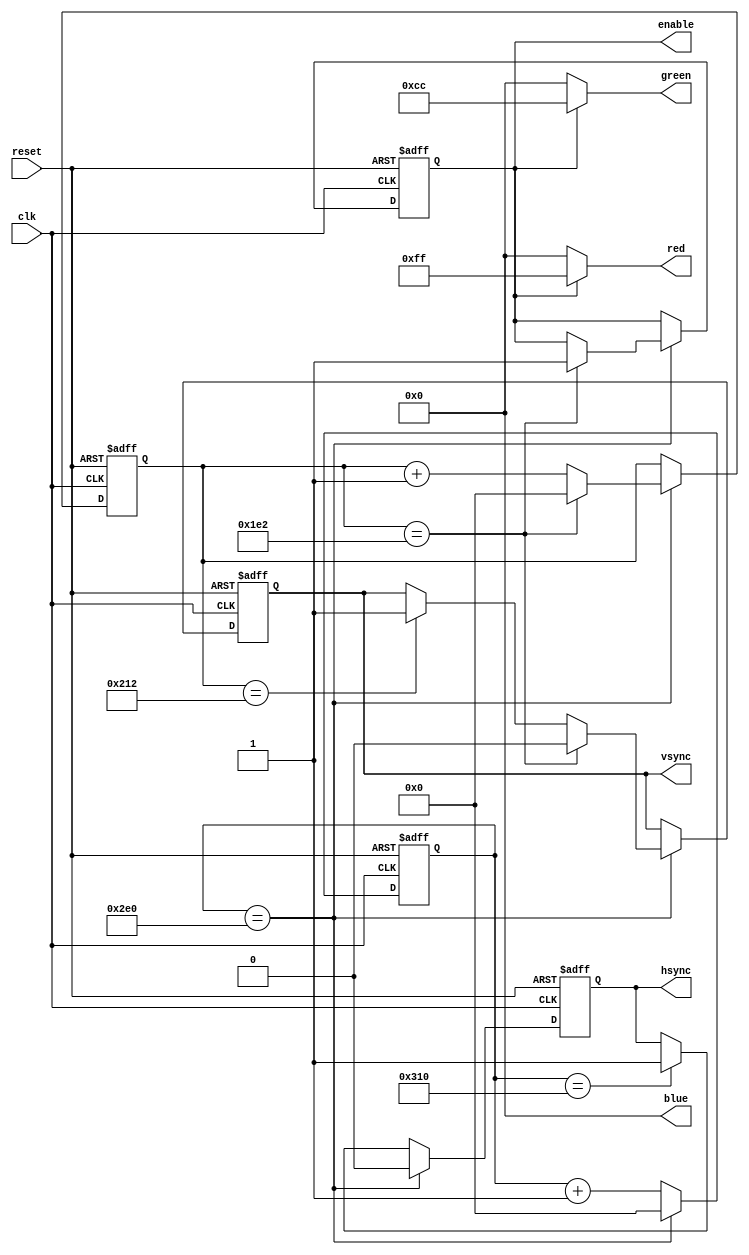
module VGA_Controller(
    input clk,
    input reset,
    output reg hsync,
    output reg vsync,
    output reg [7:0] red,
    output reg [7:0] green,
    output reg [7:0] blue,
    output reg enable
);

// Parameters for VGA display resolution
parameter H_RES = 640;
parameter V_RES = 480;
parameter H_SYNC_CYC = 96;
parameter V_SYNC_CYC = 2;
parameter BACK_PORCH = 48;
parameter FRONT_PORCH = 16;

reg [9:0] h_counter;
reg [9:0] v_counter;

always @(posedge clk or posedge reset) begin
    if (reset) begin
        h_counter <= 0;
        v_counter <= 0;
        hsync <= 1;
        vsync <= 1;
        enable <= 0;
    end else begin
        if (h_counter == H_RES + H_SYNC_CYC) begin
            h_counter <= 0;
            hsync <= 0;
            if (v_counter == V_RES + V_SYNC_CYC) begin
                v_counter <= 0;
                vsync <= 0;
                enable <= 1;
            end else if (v_counter == V_RES + V_SYNC_CYC + BACK_PORCH) begin
                v_counter <= v_counter + 1;
                vsync <= 1;
            end else begin
                v_counter <= v_counter + 1;
            end
        end else if (h_counter == H_RES + H_SYNC_CYC + BACK_PORCH) begin
            h_counter <= h_counter + 1;
            hsync <= 1;
        end else begin
            h_counter <= h_counter + 1;
        end
    end
end

// Pixel color assignment
always @(*) begin
    if (enable) begin
        red <= 8'b11111111;
        green <= 8'b11001100;
        blue <= 8'b00000000;
    end else begin
        red <= 8'b00000000;
        green <= 8'b00000000;
        blue <= 8'b00000000;
    end
end

endmodule